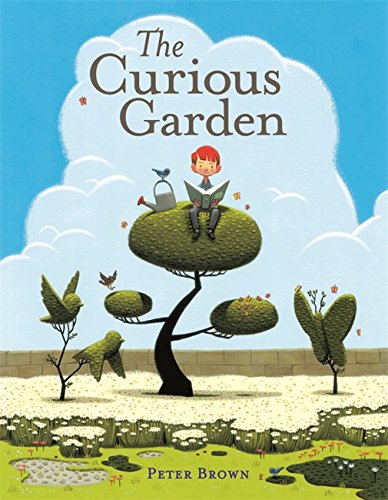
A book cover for The Curious Garden; Peter Brown; Children's Books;